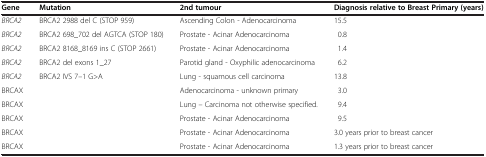
<table><thead><tr><td><b>Gene</b></td><td><b>Mutation</b></td><td><b>2nd tumour</b></td><td><b>Diagnosis relative to Breast Primary (years)</b></td></tr></thead><tbody><tr><td><i>BRCA2</i></td><td>BRCA2 2988 del C (STOP 959)</td><td>Ascending Colon - Adenocarcinoma</td><td>15.5</td></tr><tr><td><i>BRCA2</i></td><td>BRCA2 698_702 del AGTCA (STOP 180)</td><td>Prostate - Acinar Adenocarcinoma</td><td>0.8</td></tr><tr><td><i>BRCA2</i></td><td>BRCA2 8168_8169 ins C (STOP 2661)</td><td>Prostate - Acinar Adenocarcinoma</td><td>1.4</td></tr><tr><td><i>BRCA2</i></td><td>BRCA2 del exons 1_27</td><td>Parotid gland - Oxyphilic adenocarcinoma</td><td>6.2</td></tr><tr><td><i>BRCA2</i></td><td>BRCA2 IVS 7–1 G&gt;A</td><td>Lung - squamous cell carcinoma</td><td>13.8</td></tr><tr><td>BRCAX</td><td> </td><td>Adenocarcinoma - unknown primary</td><td>3.0</td></tr><tr><td>BRCAX</td><td> </td><td>Lung – Carcinoma not otherwise specified.</td><td>9.4</td></tr><tr><td>BRCAX</td><td> </td><td>Prostate - Acinar Adenocarcinoma</td><td>9.5</td></tr><tr><td>BRCAX</td><td> </td><td>Prostate - Acinar Adenocarcinoma</td><td>3.0 years prior to breast cancer</td></tr><tr><td>BRCAX</td><td> </td><td>Prostate - Acinar Adenocarcinoma</td><td>1.3 years prior to breast cancer</td></tr></tbody></table>